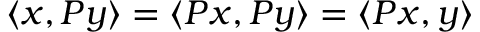
\langle x , P y \rangle = \langle P x , P y \rangle = \langle P x , y \rangle